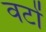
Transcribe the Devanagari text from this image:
वटों